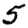
Digit: 5